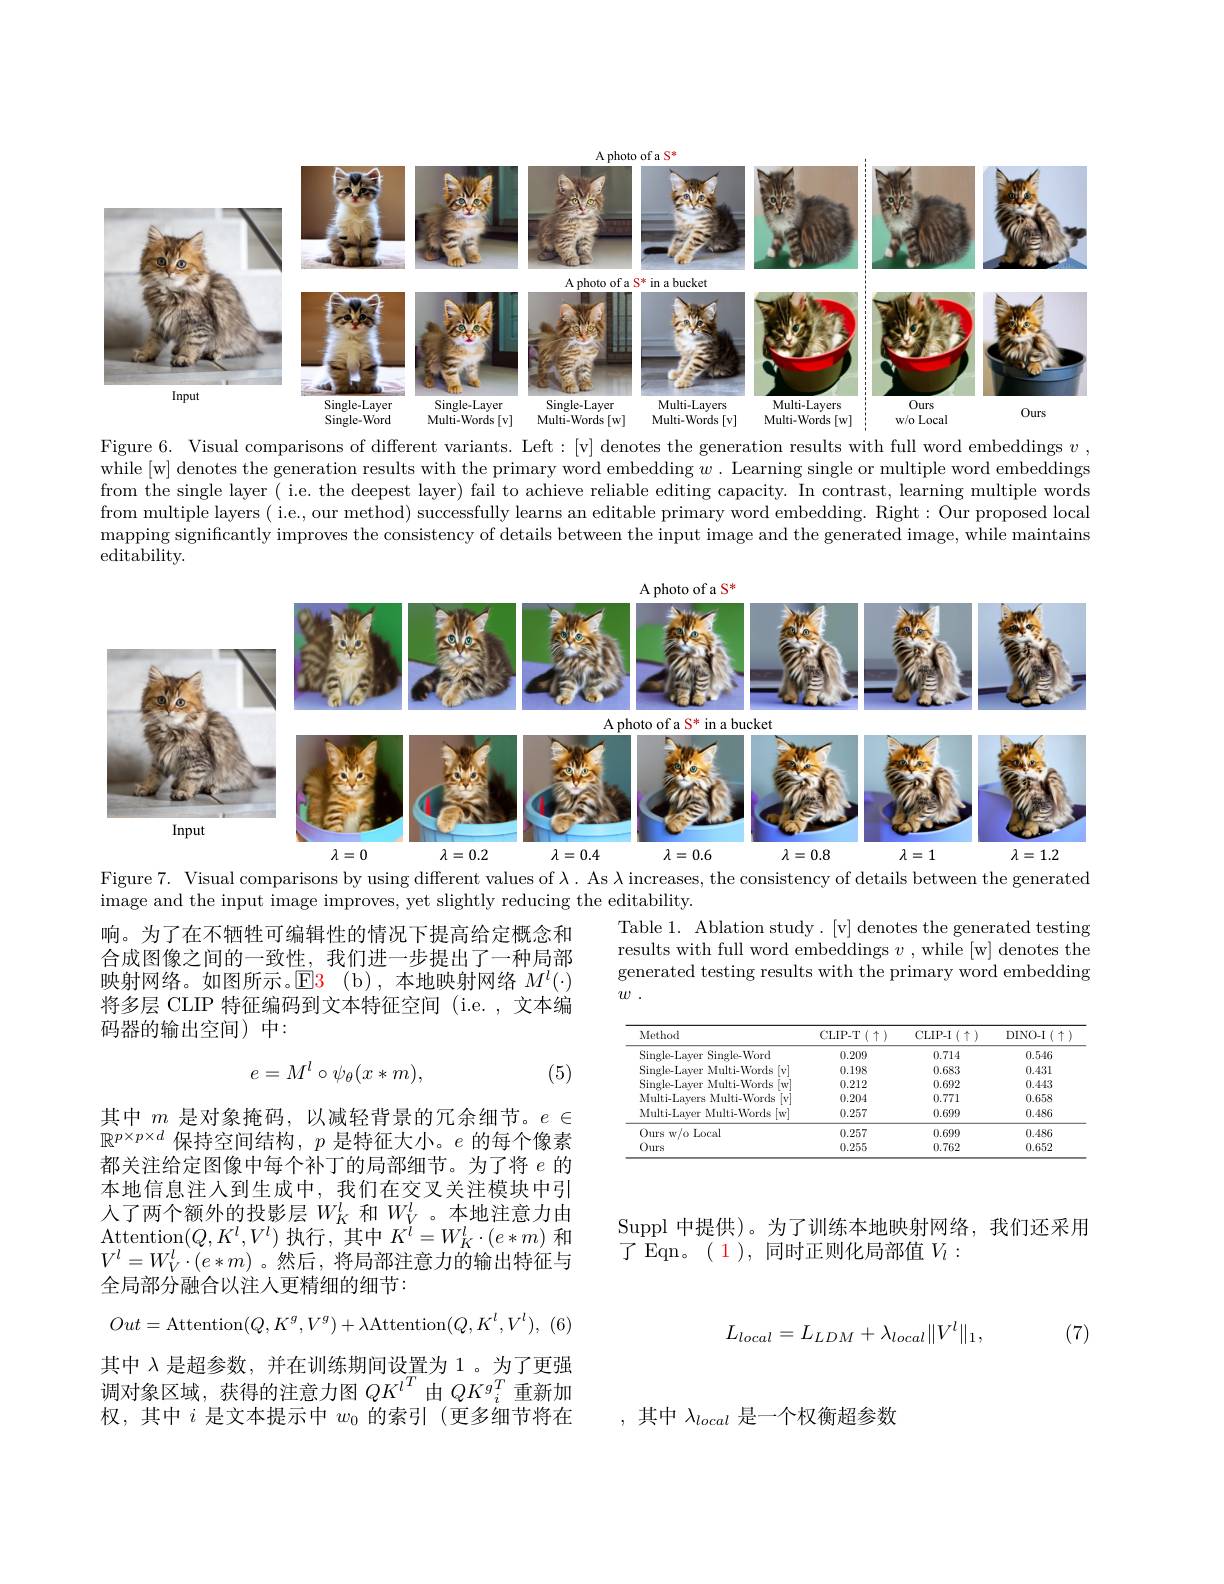
<FigureHere>
Figure 6. Visual comparisons of different variants. Left:[v] denotes the generation results with full word embeddings $v$,

while [w] denotes the generation results with the primary word embedding $w.$ Learning single or multiple word embeddings from the single layer ( i.e. the deepest layer) fail to achieve reliable editing capacity. In contrast, learning multiple words from multiple layers ( i.e., our method) successfully learns an editable primary word embedding. Right: Our proposed local mapping significantly improves the consistency of details between the input image and the generated image, while maintains editability.

<FigureHere>

Figure 7. Visual comparisons by using different values of $\lambda.$ As $\lambda$ increases, the consistency of details between the generated
image and the input image improves, yet slightly reducing the editability.

Table 1. Ablation study.[v] denotes the generated testing results with full word embeddings $v$ , while [w] denotes the generated testing results with the primary word embedding $w$ .

响。为了在不牺牲可编辑性的情况下提高给定概念和合成图像之间的一致性，我们进一步提出了一种局部映射网络。如图所示。$\operatorname{E}\color{red}{3}\:($b),本地映射网络$M^l(\cdot)$ 将多层 CLIP 特征编码到文本特征空间 (i.e.,文本编码器的输出空间)中：
$$e=M^l\circ\psi_\theta(x*m),$$
(5)

<table>
	<tbody>
		<tr>
			<th>Method</th>
			<th>CLIP-T$(\uparrow)$</th>
			<th>CLIP- I$\left ( \uparrow \right )$</th>
			<th>DINO- I$( \uparrow$</th>
		</tr>
		<tr>
			<td>Single-Laver Single-Word</td>
			<td>0.209</td>
			<td>0.714</td>
			<td>0.546</td>
		</tr>
		<tr>
			<td>Single-Layer Multi-Words [v]</td>
			<td>0.198</td>
			<td>0.683</td>
			<td>0.431</td>
		</tr>
		<tr>
			<td>Sinøle-Laver Multi-Words $[w^{\prime}$</td>
			<td>0.212</td>
			<td>0.692</td>
			<td>0.443</td>
		</tr>
		<tr>
			<td>Multi-Layers Multi-Words</td>
			<td>0.204</td>
			<td>0.771</td>
			<td>0.658</td>
		</tr>
		<tr>
			<td>Multi-Layer Multi-Words[w]</td>
			<td>0.257</td>
			<td>0.699</td>
			<td>0.486</td>
		</tr>
		<tr>
			<td>Ours w/o Local</td>
			<td>0.257</td>
			<td>0.699</td>
			<td>0.486</td>
		</tr>
		<tr>
			<td>Ours</td>
			<td>0.255</td>
			<td>0.762</td>
			<td>0.652</td>
		</tr>
	</tbody>
</table>

Suppl 中提供)。为了训练本地映射网络，我们还采用
了 Eqn。( 1), 同时正则化局部值$V_{l}:$

其中$m$是对象掩码，以减轻背景的冗余细节。$e\in$ $\mathbb{R}^{p\times p\times d}$保持空间结构，$p$是特征大小。$e$的每个像素都关注给定图像中每个补丁的局部细节。为了将$e$的本地信息注人到生成中，我们在交叉关注模块中引入了两个额外的投影层$W_K^l$和$W_V^l$。本地注意力由$\operatorname{Attention}(Q,K^{l},V^{l})$执行，其中$K^l=W_{K}^{l}\cdot(e*m)$和$V^l=W_V^l\cdot(e*m)$ 。然后，将局部注意力的输出特征与全局部分融合以注人更精细的细节：
$$Out=\text{Attention}(Q,K^g,V^g)+\lambda\text{Attention}(Q,K^l,V^l),$$
其中$\lambda$是超参数，并在训练期间设置为 1。为了更强调对象区域，获得的注意力图$QK^{l^T}$由$QK^{g^T}$重新加权，其中$i$是文本提示中$w_0$的索引(更多细节将在
$$L_{local}=L_{LDM}+\lambda_{local}\|V^{l}\|_{1},$$
(7)

,其中$\lambda_local$ 是一个权衡超参数